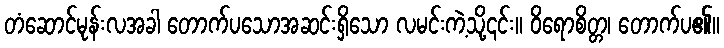
တံဆောင်မုန်းလအခါ တောက်ပသောအဆင်းရှိသော လမင်းကဲ့သို့၎င်း။ ဝိရောစိတ္တ၊ တောက်ပ၏။